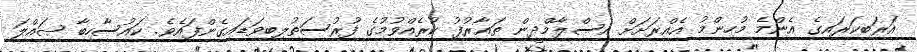
އަރަބިކަރައިގެ އެންމެ މުހިންމު އެއްރަށަށް އިސްލާމްދީން ތަޢާރުފު ކުރެއްވުމުގެ ފުރުސަތުލިބިވަޑައިގެންފައެވެ. ކައުސާހިބާ ޞައްލަ